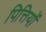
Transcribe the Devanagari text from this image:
पित्तियों